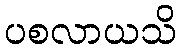
ပစလာယသိ